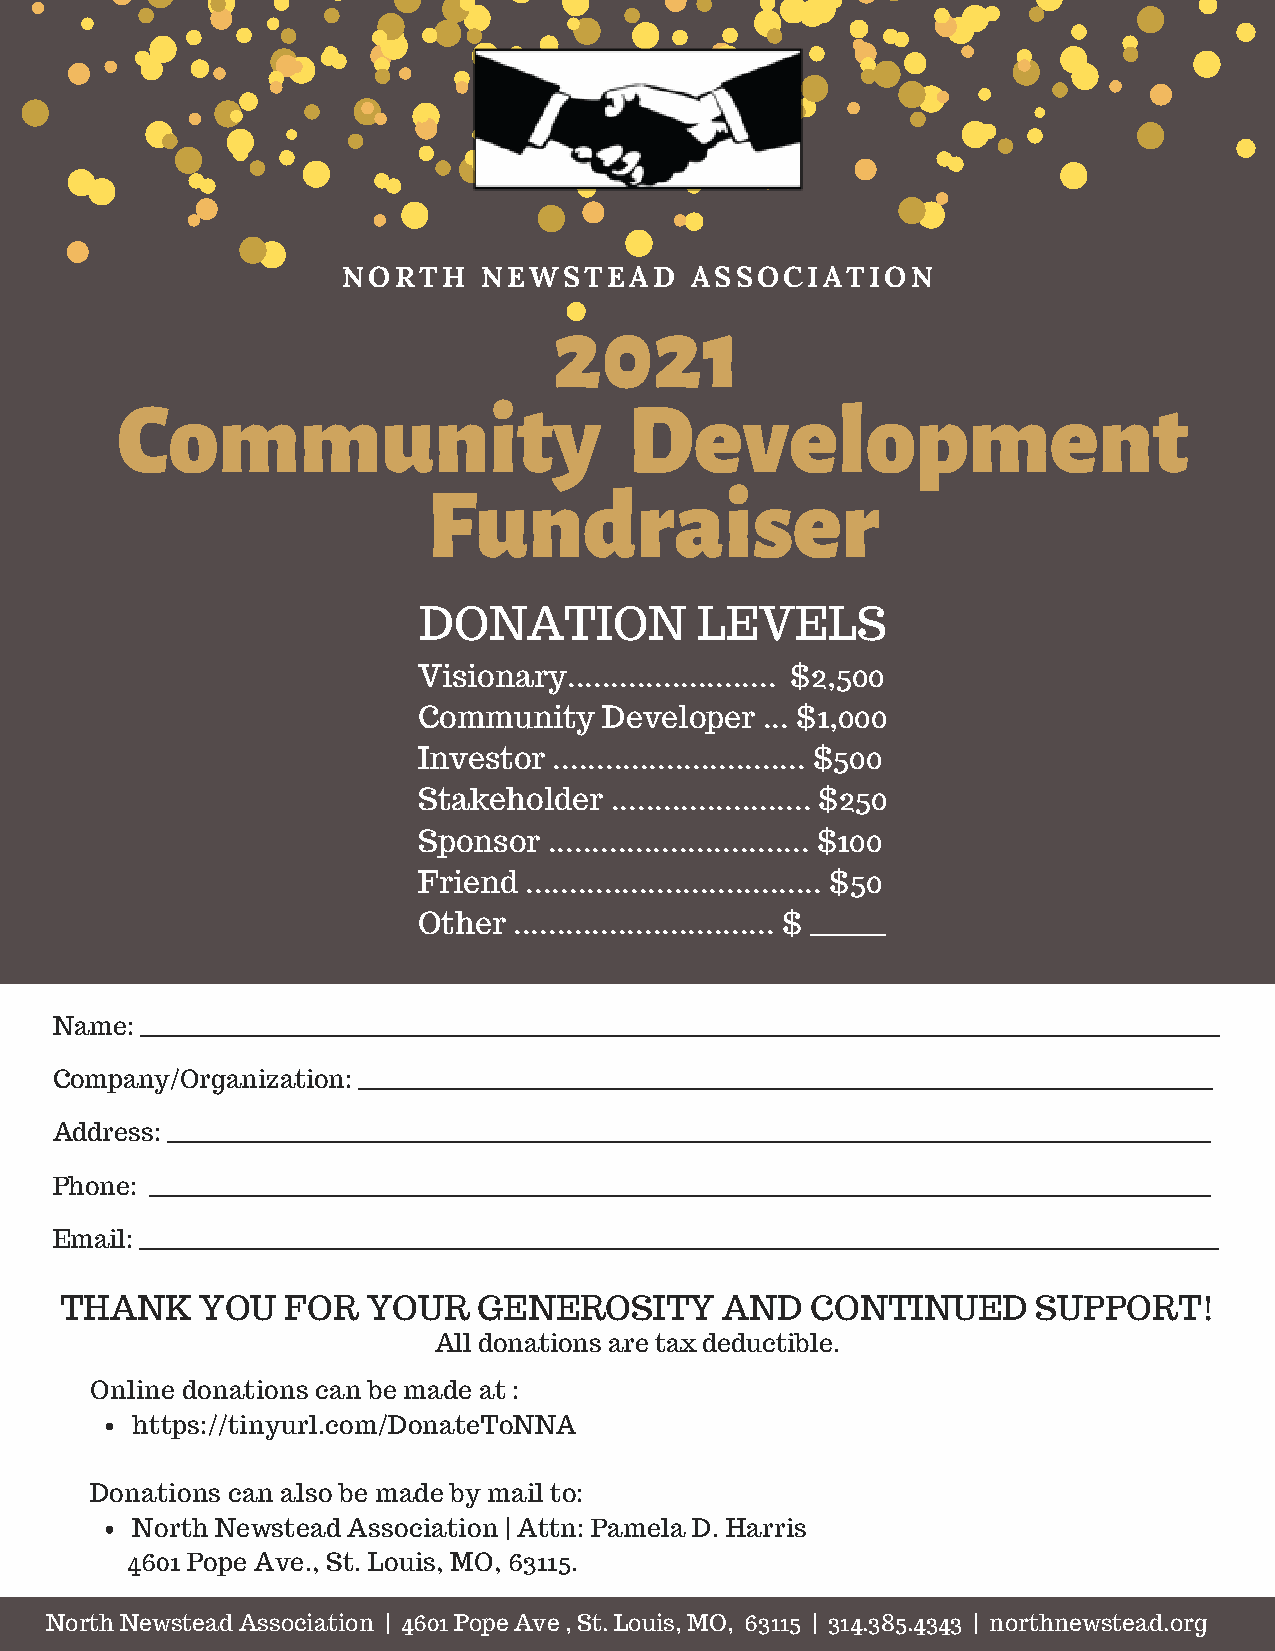
NORTH    NEWSTEAD      ASSOCIATION
 2021
 Community                         Development
 Fundraiser
 DONATION          LEVELS
 Visionary........................ $2,500
 Community   Developer ... $1,000
 Investor ............................. $500
 Stakeholder ....................... $250
 Sponsor .............................. $100
 Friend .................................. $50
 Other .............................. $ _______
 Name: ________________________________________________________________________________________________________________________
 Company/Organization: _______________________________________________________________________________________________
 Address: ____________________________________________________________________________________________________________________
 Phone: ______________________________________________________________________________________________________________________
 Email: ________________________________________________________________________________________________________________________
 THANK    YOU   FOR  YOUR    GENEROSITY      AND   CONTINUED      SUPPORT!
 All donations are tax deductible.
 Online donations can be made at :
 https://tinyurl.com/DonateToNNA
 Donations can also be made by mail to:
 North Newstead Association | Attn: Pamela D. Harris
 4601 Pope Ave., St. Louis, MO, 63115.
 North Newstead Association | 4601 Pope Ave , St. Louis, MO, 63115 | 314.385.4343 | northnewstead.org